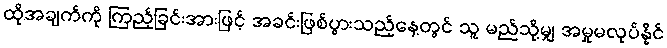
ထိုအချက်ကို ကြည့်ခြင်းအားဖြင့် အခင်းဖြစ်ပွားသည့်နေ့တွင် သူ မည်သို့မျှ အမှုမလုပ်နိုင်